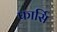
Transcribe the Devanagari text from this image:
फार्सि